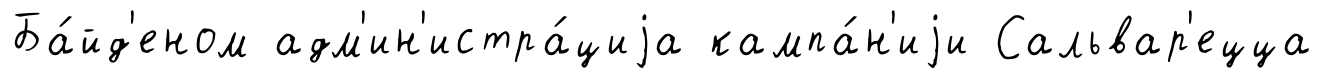
Ба́йд'еном адм'ин'истра́циjа кампа́н'иjи Сальвар'ецца